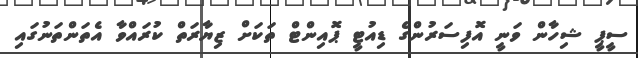
ސީޕީ ޝިހާން ވަނީ އޮފިސަރުންގެ ޑިއުޓީ ޕޮއިންޓް ތަކަށް ޒިޔާރަތް ކުރައްވާ އެތަންތަނުގައި